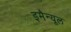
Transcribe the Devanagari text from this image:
इमैन्यूल